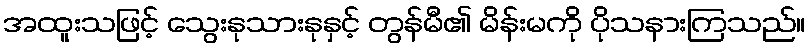
အထူးသဖြင့် သွေးနုသားနုနှင့် တွန်မီ၏ မိန်းမကို ပိုသနားကြသည်။